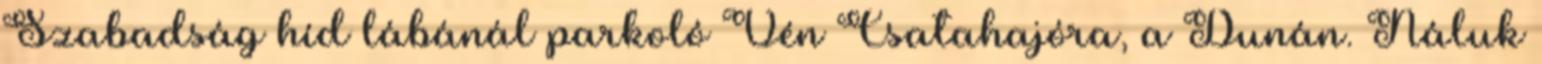
Szabadság híd lábánál parkoló Vén Csa­tahajóra, a Dunán. Náluk